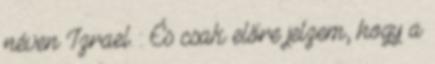
néven Izrael. : És csak előre jelzem, hogy a